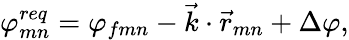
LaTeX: \varphi_{mn}^{req}=\varphi_{fmn}-\vec{k}\cdot\vec{r}_{mn}+\Delta\varphi,